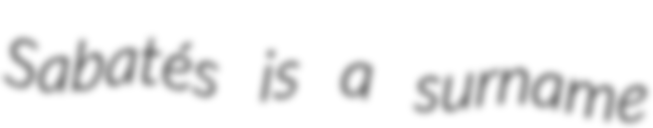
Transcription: Sabatés is a surname